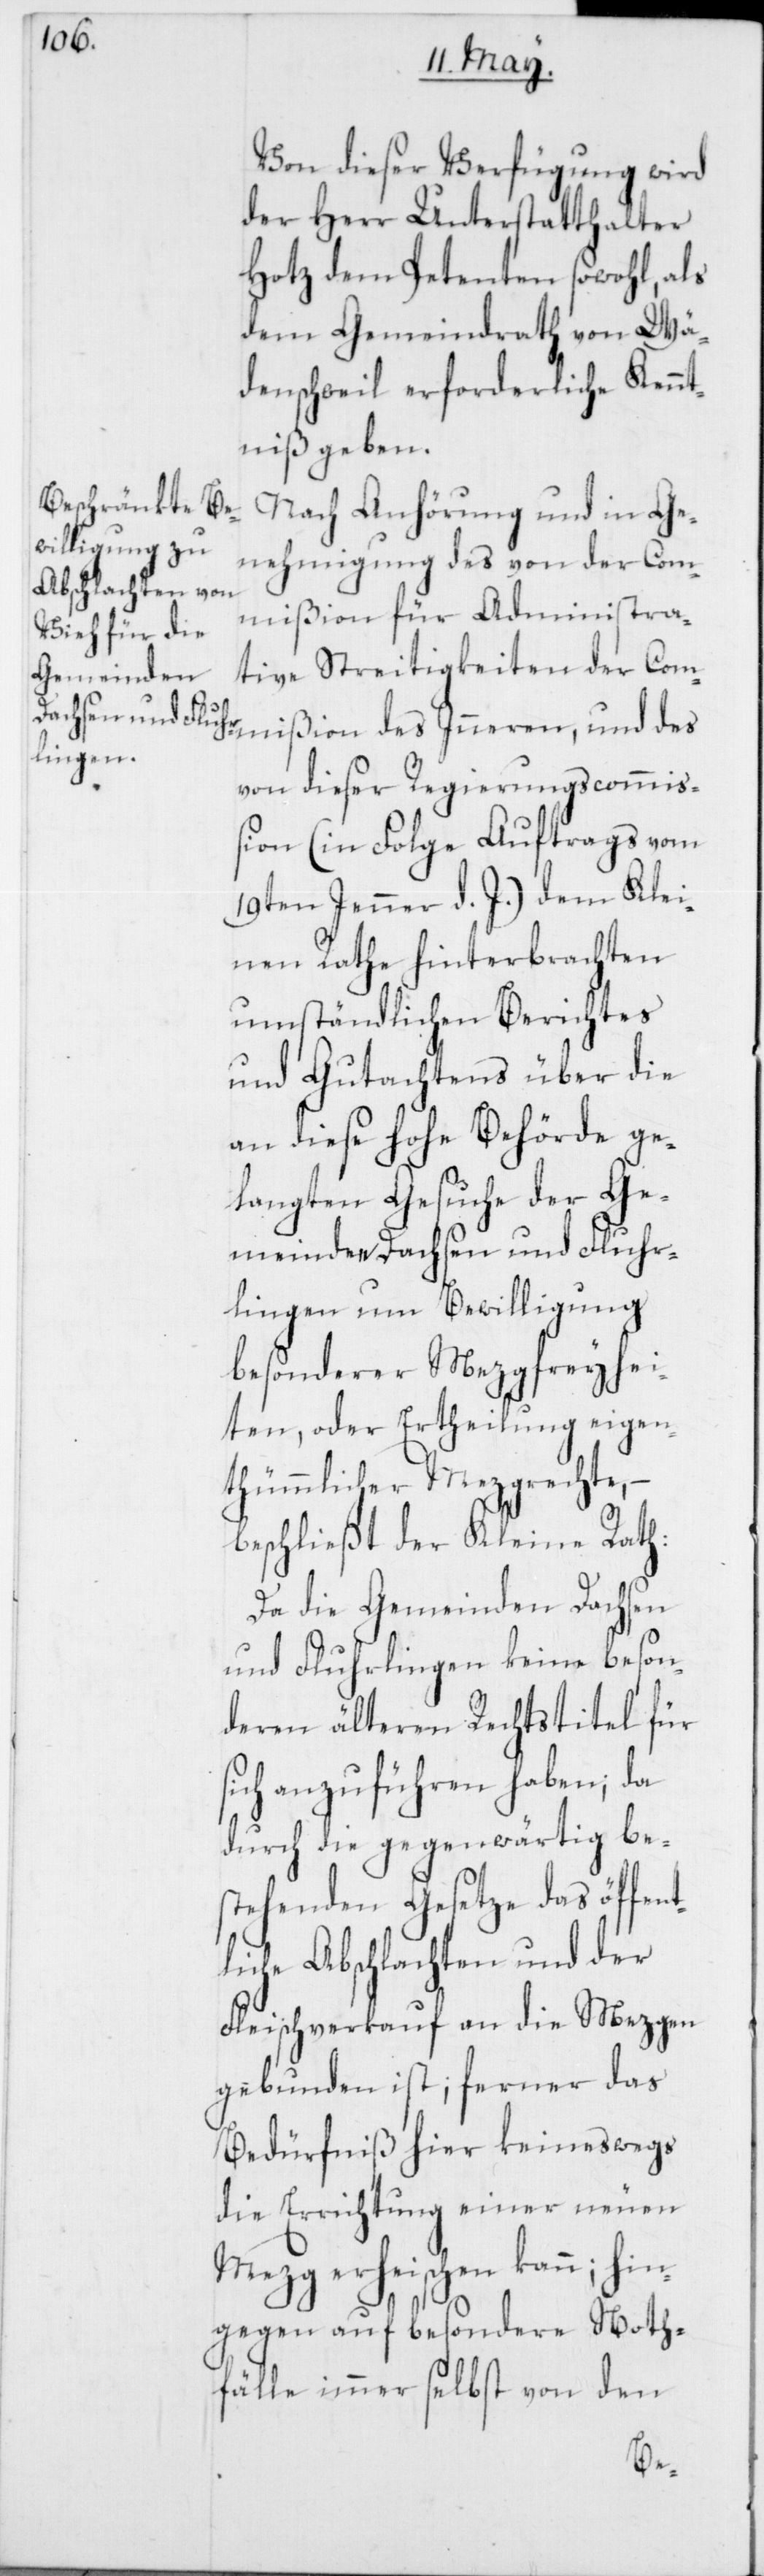
Von dieser Verfügung wird
der Herr Unterstatthalter
Hotz dem Petenten sowohl, als
dem Gemeindrath von Wä¬
denschweil erforderliche Kennt¬
niß geben.
Nach Anhörung und in Ge¬
nehmigung des von der Com¬
mißion für Administra¬
tive Streitigkeiten der Com¬
mißion des Inneren, und des
von dieser Regierungscommiß¬
ion (in Folge Auftrags vom
19ten Jenner d. J.) dem Klei¬
nen Rathe hinterbrachten
umständlichen Berichtes
und Gutachtens über die
an diese hohe Behörde ge¬
langten Gesuche der Ge¬
meinden Dachsen und Fluhr¬
lingen um Bewilligung
besonderer Mezgfreyhei¬
ten, oder Ertheilung eigen¬
thümmlicher Mezgrechte,
beschließt der Kleine Rath:
Da die Gemeinden Dachsen
und Fluhrlingen keine beson¬
deren älteren Rechtstitel für
sich anzuführen haben; da
durch die gegenwärtig be¬
stehenden Gesetze das öffent¬
liche Abschlachten und der
Fleischverkauf an die Mezgen
gebunden ist; ferner das
Bedürfniß hier keineswegs
die Errichtung einer neuen
Mezg erheischen kann; hin¬
gegen auf besondere Noth¬
fälle immer selbst von den